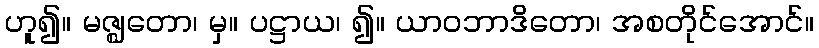
ဟူ၍။ မဇ္ဈတော၊ မှ။ ပဋ္ဌာယ၊ ၍။ ယာဝဘာဒိတော၊ အစတိုင်အောင်။